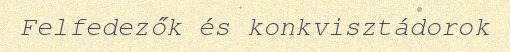
Felfedezők és konkvisztádorok